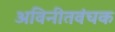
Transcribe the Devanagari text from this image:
अविनीतवंचक